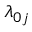
\lambda _ { 0 j }